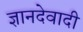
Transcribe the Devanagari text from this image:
ज्ञानदेवादी